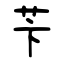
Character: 苄